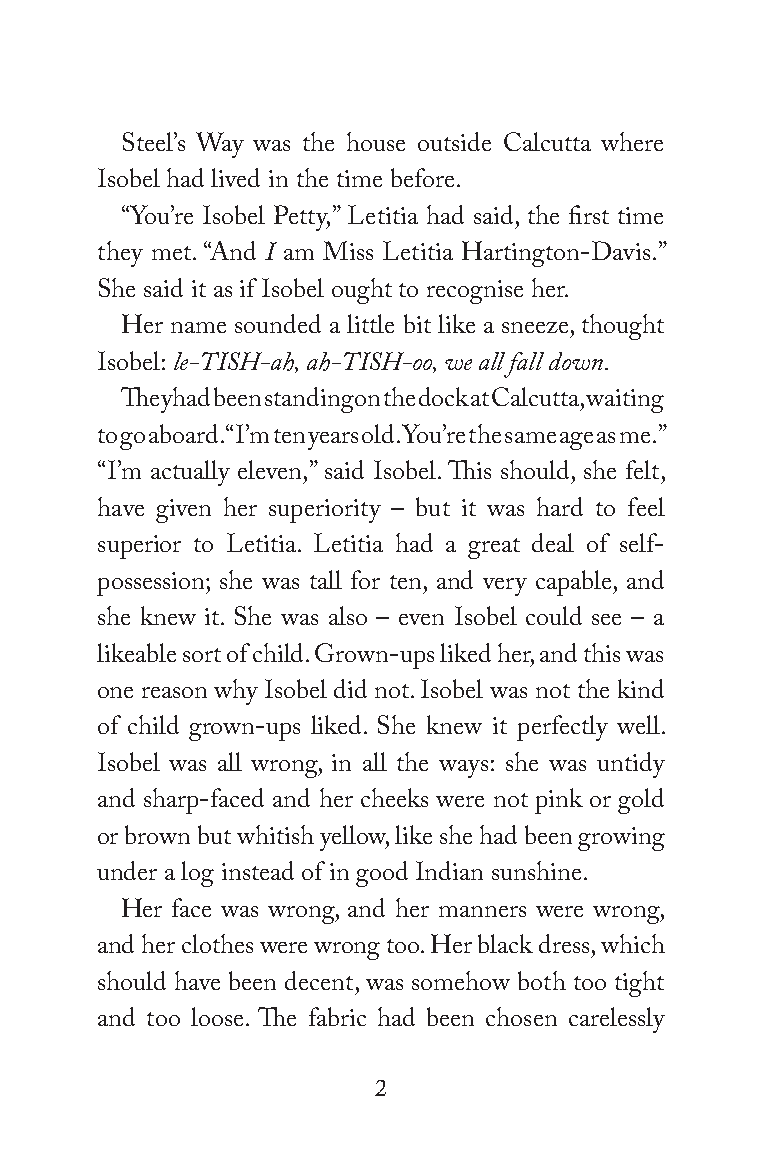
Steel’s Way was the house outside Calcutta where
 Isobel had lived in the time before.
 “You’re Isobel Petty,” Letitia had said, the first time
 they met. “And I am Miss Letitia Hartington-Davis.”
 She said it as if Isobel ought to recognise her.
 Her name sounded a little bit like a sneeze, thought
 Isobel: le-TISH-ah, ah-TISH-oo, we all fall down.
 They had been standing on the dock at Calcutta, waiting
 to go aboard. “I’m ten years old. You’re the same age as me.”
 “I’m actually eleven,” said Isobel. This should, she felt,
 have given her superiority – but it was hard to feel
 superior to Letitia. Letitia had a great deal of self-
 possession; she was tall for ten, and very capable, and
 she knew it. She was also – even Isobel could see – a
 likeable sort of child. Grown-ups liked her, and this was
 one reason why Isobel did not. Isobel was not the kind
 of child grown-ups liked. She knew it perfectly well.
 Isobel was all wrong, in all the ways: she was untidy
 and sharp-faced and her cheeks were not pink or gold
 or brown but whitish yellow, like she had been growing
 under a log instead of in good Indian sunshine.
 Her face was wrong, and her manners were wrong,
 and her clothes were wrong too. Her black dress, which
 should have been decent, was somehow both too tight
 and too loose. The fabric had been chosen carelessly
 2